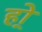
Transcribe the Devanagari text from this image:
हो्